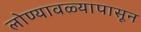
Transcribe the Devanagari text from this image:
लोण्यावळ्यापासून